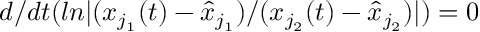
d / d t ( l n | ( x _ { j _ { 1 } } ( t ) - \hat { x } _ { j _ { 1 } } ) / ( x _ { j _ { 2 } } ( t ) - \hat { x } _ { j _ { 2 } } ) | ) = 0